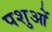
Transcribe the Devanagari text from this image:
पशुआें